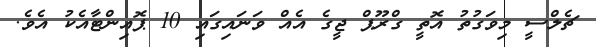
ޗެލްސީ މިވަގުތު އޮތީ ގްރޫޕް ޖީގެ އެއް ވަނައިގައި 10 ޕޮއިންޓާއެކު އެވެ.